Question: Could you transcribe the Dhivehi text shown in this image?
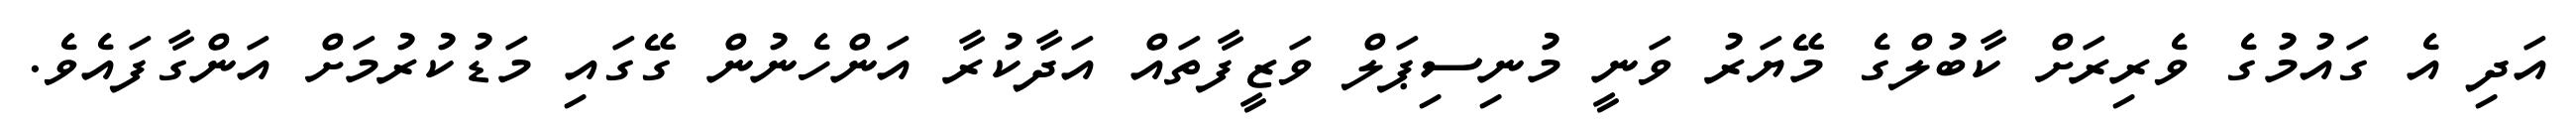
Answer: އަދި އެ ގައުމުގެ ވެރިރަށް ކާބުލްގެ މޭޔަރު ވަނީ މުނިސިޕަލް ވަޒީފާތައް އަދާކުރާ އަންހެނުން ގޭގައި މަޑުކުރުމަށް އަންގާފައެވެ.